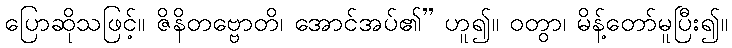
ပြောဆိုသဖြင့်။ ဇိနိတဗ္ဗောတိ၊ အောင်အပ်၏” ဟူ၍။ ဝတွာ၊ မိန့်တော်မူပြီး၍။